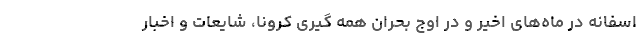
اسفانه در ماه‌های اخیر و در اوج بحران همه گیری کرونا، شایعات و اخبار